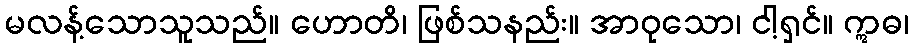
မလန့်သောသူသည်။ ဟောတိ၊ ဖြစ်သနည်း။ အာဝုသော၊ ငါ့ရှင်။ ဣဓ၊